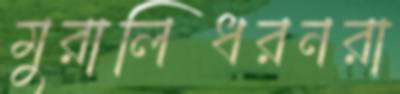
মুরালিধরনরা